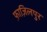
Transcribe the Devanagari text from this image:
फ़ाज़िलपुर